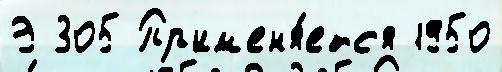
Э 305 Пр'им'ен'я́етс'я 1950